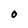
Character: 0